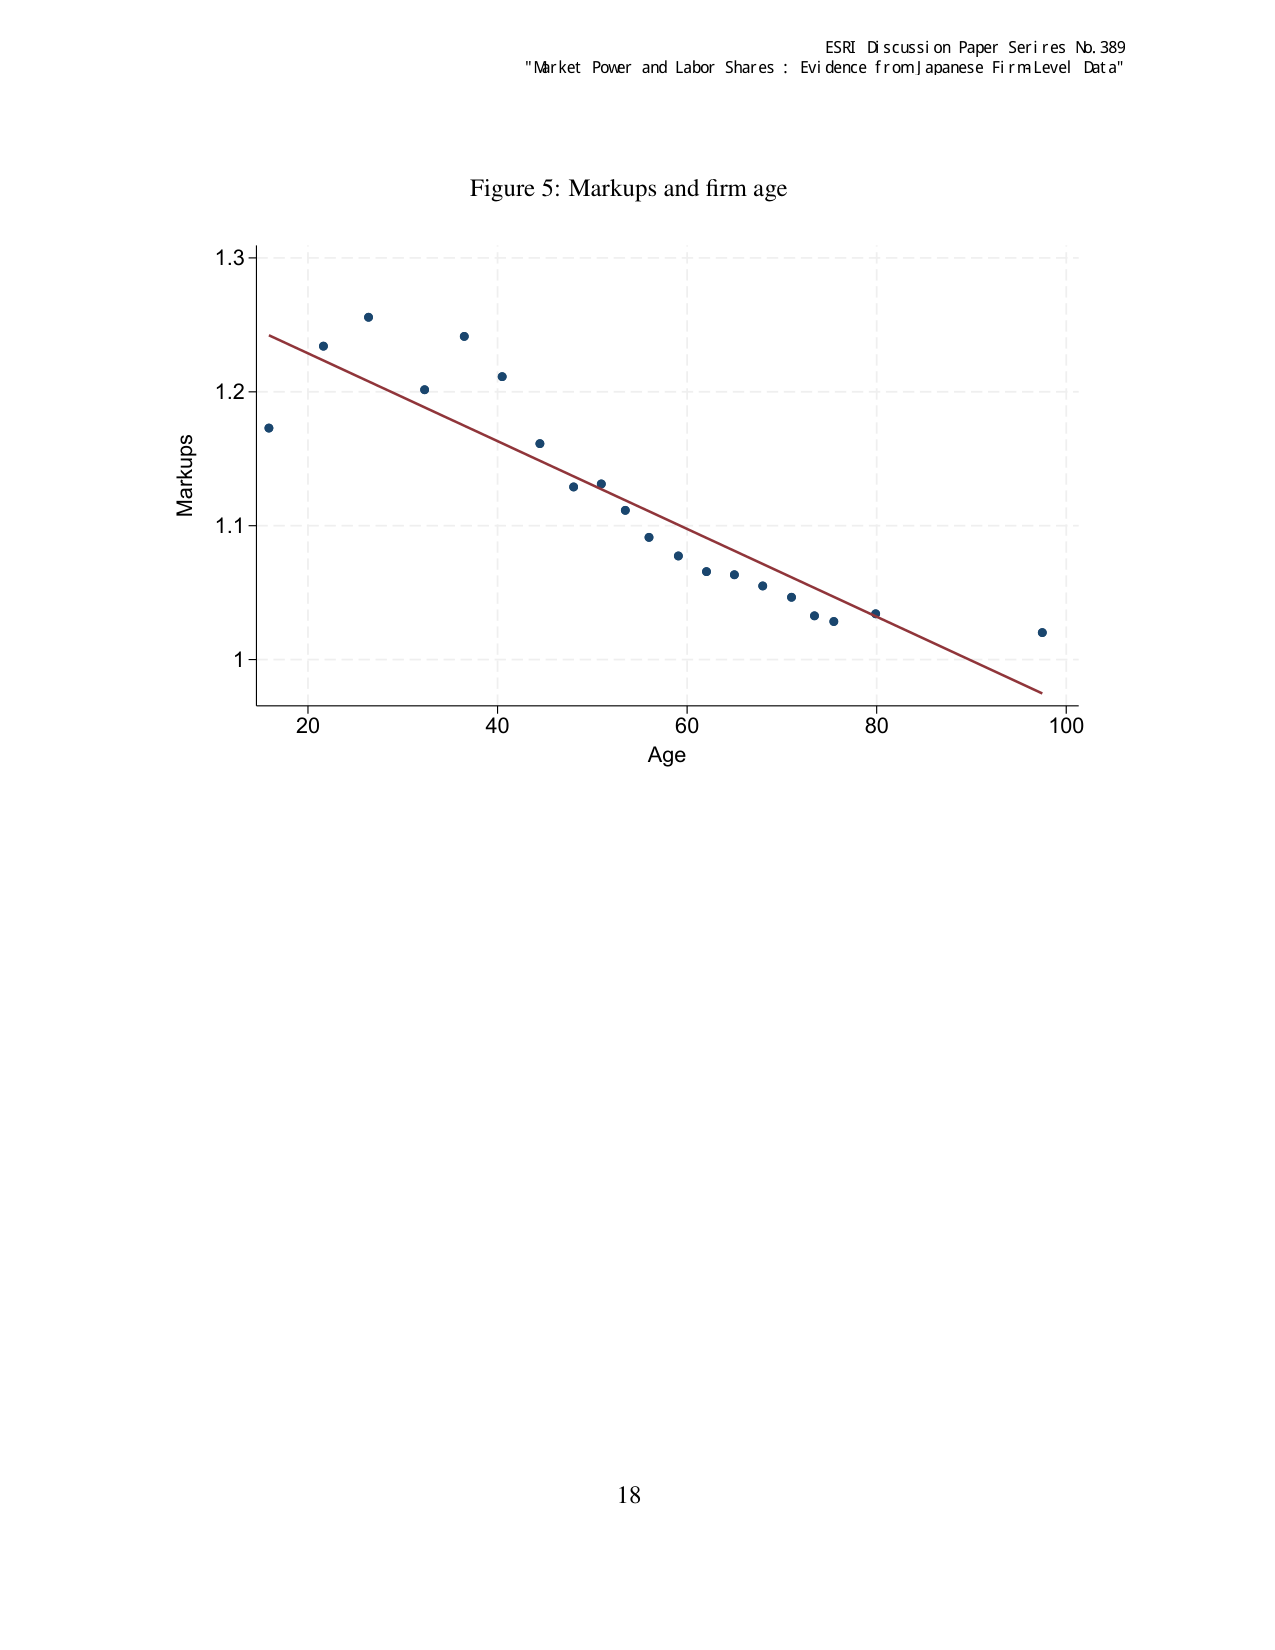
ESRI Discussion Paper Series No. 389
"Market Power and Labor Shares : Evidence from Japanese Firm Level Data"

Figure 5: Markups and firm age

Markups
1.3
1.2
1.1
1
20  40  60  80  100
Age

18